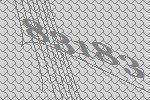
83183